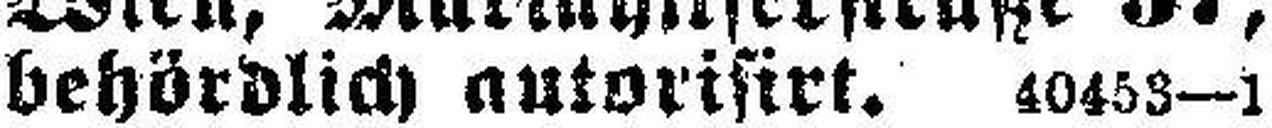
behördlich autorisirt. 40453—1